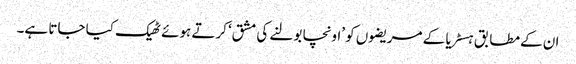
ان کے مطابق ہسٹریا کے مریضوں کو ’اونچا بولنے کی مشق‘ کرتے ہوئے ٹھیک کیا جاتا ہے۔